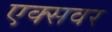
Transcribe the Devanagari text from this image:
एक्सवर